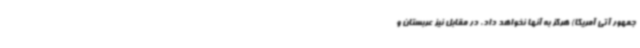
جمهور آتی آمریکا) هرگز به آنها نخواهد داد، در مقابل نیز عربستان و